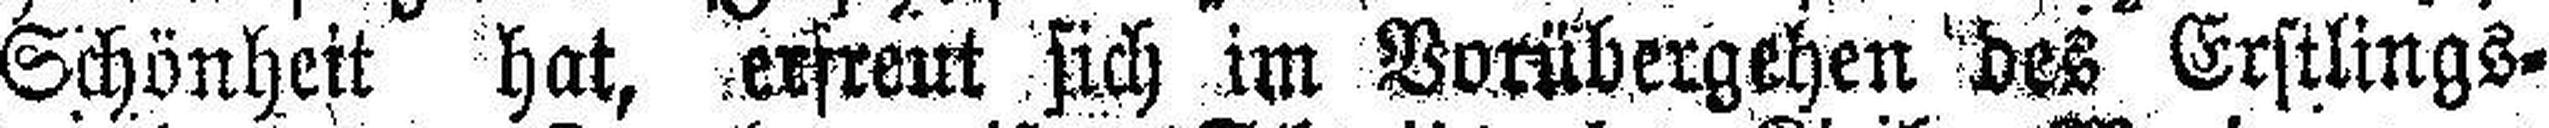
Schönheit hat, erfreut sich im Vorübergehen des Erstlings¬